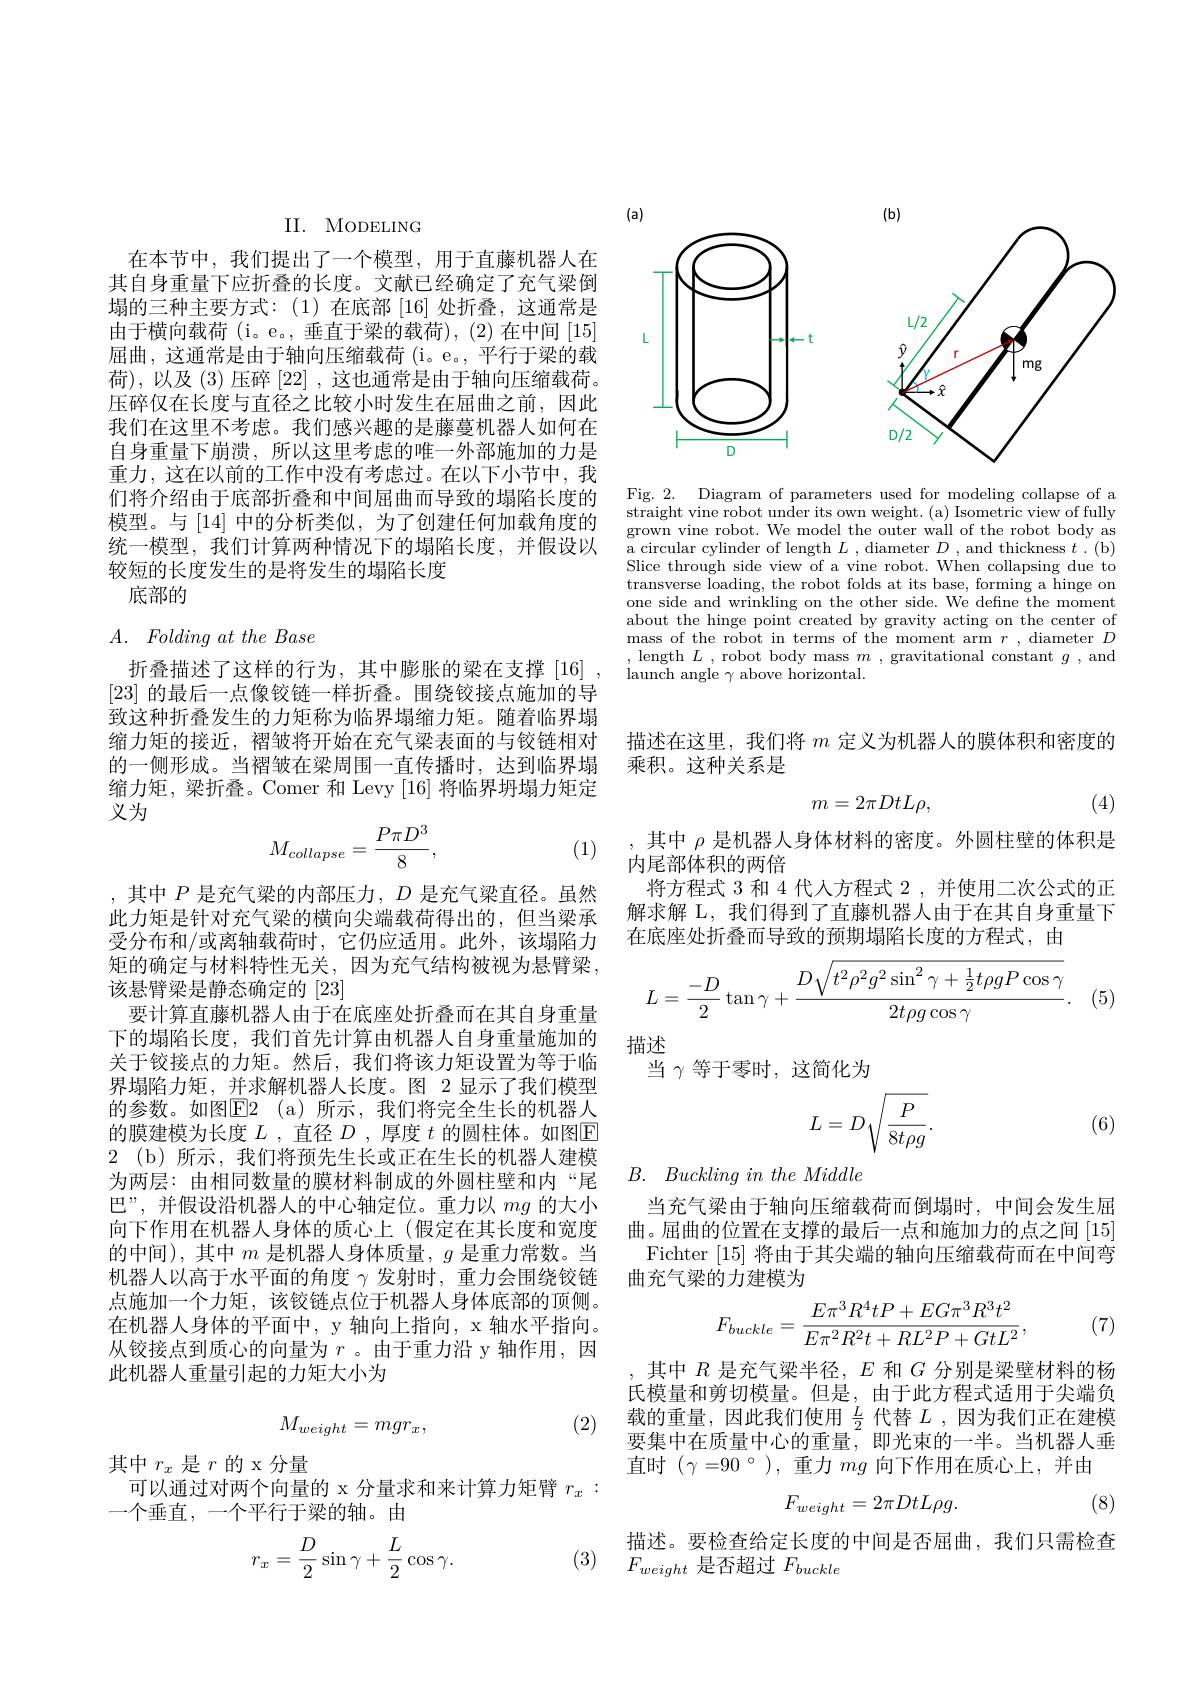
<FigureHere>

Fig. 2. Diagram of parameters used for modeling collapse of a straight vine robot under its own weight. (a) Isometric view of fully grown vine robot. We model the outer wall of the robot body as a circular cylinder of length $L$ , diameter $D$ , and thickness $t$ . (b) Slice through side view of a vine robot. When collapsing due to transverse loading, the robot folds at its base, forming a hinge on one side and wrinkling on the other side. We define the moment about the hinge point created by gravity acting on the center of mass of the robot in terms of the moment arm $r$, diameter $D$ , length $L$ , robot body mass $m$ , gravitational constant $g$, and launch angle $\gamma$ above horizontal.

II. MODELING

在本节中，我们提出了一个模型，用于直藤机器人在其自身重量下应折叠的长度。文献已经确定了充气梁倒塌的三种主要方式：(1)在底部 [16]处折叠，这通常是由于横向载荷 (i。e。, 垂直于梁的载荷), (2) 在中间 [15] 屈曲，这通常是由于轴向压缩载荷(i。e。,平行于梁的载荷),以及(3)压碎[22] ,这也通常是由于轴向压缩载荷。压碎仅在长度与直径之比较小时发生在屈曲之前，因此我们在这里不考虑。我们感兴趣的是藤蔓机器人如何在自身重量下崩溃，所以这里考虑的唯一外部施加的力是重力，这在以前的工作中没有考虑过。在以下小节中，我们将介绍由于底部折叠和中间屈曲而导致的塌陷长度的模型。与[14]中的分析类似，为了创建任何加载角度的统一模型，我们计算两种情况下的塌陷长度，并假设以较短的长度发生的是将发生的塌陷长度
底部的

# $A.$ Folding $at$ the Base

折叠描述了这样的行为，其中膨胀的梁在支撑[16]. [23]的最后一点像铰链一样折叠。围绕铰接点施加的导致这种折叠发生的力矩称为临界塌缩力矩。随着临界塌缩力矩的接近，褶皱将开始在充气梁表面的与铰链相对的一侧形成。当褶皱在梁周围一直传播时，达到临界塌缩力矩，梁折叠。Comer 和 Levy [16] 将临界坍塌力矩定义为
$$M_{collapse}=\frac{P\pi D^3}{8},$$
(1)

,其中$P$是充气梁的内部压力$,D$是充气梁直径。虽然此力矩是针对充气梁的横向尖端载荷得出的，但当梁承受分布和/或离轴载荷时，它仍应适用。此外，该塌陷力矩的确定与材料特性无关，因为充气结构被视为悬臂梁， 该悬臂梁是静态确定的[23]
要计算直藤机器人由于在底座处折叠而在其自身重量下的塌陷长度，我们首先计算由机器人自身重量施加的关于铰接点的力矩。然后，我们将该力矩设置为等于临界塌陷力矩，并求解机器人长度。图 2 显示了我们模型的参数。如图$\boxed{\mathrm{F2}}$ (a)所示，我们将完全生长的机器人的膜建模为长度$L$ ,直径$D$ ,厚度$t$的圆柱体。如图$\overline{\mathrm{E}}$ 2 (b)所示，我们将预先生长或正在生长的机器人建模为两层：由相同数量的膜材料制成的外圆柱壁和内“尾巴”,并假设沿机器人的中心轴定位。重力以$mg$的大小向下作用在机器人身体的质心上 (假定在其长度和宽度的中间),其中$m$是机器人身体质量，$g$是重力常数。当机器人以高于水平面的角度$\gamma$发射时，重力会围绕铰链点施加一个力矩，该铰链点位于机器人身体底部的顶侧。在机器人身体的平面中，y 轴向上指向，x 轴水平指向。从铰接点到质心的向量为$r$ 。由于重力沿 y 轴作用，因此机器人重量引起的力矩大小为

(2)
$$M_{weight}=mgr_x,$$
其中$r_x$ 是$r$的x分量
可以通过对两个向量的 x 分量求和来计算力矩臂$r_x:$
一个垂直，一个平行于梁的轴。由
$$r_x=\frac{D}{2}\sin\gamma+\frac{L}{2}\cos\gamma.$$
描述在这里，我们将$m$定义为机器人的膜体积和密度的
乘积。这种关系是
$$m=2\pi DtL\rho,$$
(4)

,其中$\rho$是机器人身体材料的密度。外圆柱壁的体积是
内尾部体积的两倍
将方程式 3 和 4 代人方程式 2 , 并使用二次公式的正解求解 L, 我们得到了直藤机器人由于在其自身重量下在底座处折叠而导致的预期塌陷长度的方程式，由
$$L=\dfrac{-D}{2}\tan\gamma+\dfrac{D\sqrt{t^2\rho^2g^2\sin^2\gamma+\frac{1}{2}t\rho gP\cos\gamma}}{2t\rho g\cos\gamma}.$$
(5)

描述
当$\gamma$等于零时，这简化为
$$L=D\sqrt{\frac{P}{8t\rho g}}.$$
(6)

$B.$ $Buckling\textit{in the Middle}$

当充气梁由于轴向压缩载荷而倒塌时，中间会发生屈曲。屈曲的位置在支撑的最后一点和施加力的点之间[15]
Fichter [15]将由于其尖端的轴向压缩载荷而在中间弯
曲充气梁的力建模为
$$F_{buckle}=\frac{E\pi^3R^4tP+EG\pi^3R^3t^2}{E\pi^2R^2t+RL^2P+GtL^2},$$
(7)

其中$R$是充气梁半径，$E$和$G$分别是梁壁材料的杨氏模量和剪切模量。但是，由于此方程式适用于尖端负载的重量，因此我们使用$\frac L2$代替$L$ ,因为我们正在建模要集中在质量中心的重量，即光束的一半。当机器人垂直时($\gamma = 90^{\circ }) , 重 力 mg$ 向 下 作 用 在 质 心 上 , 并 由
$$F_{weight}=2\pi DtL\rho g.$$
(8)

描述。要检查给定长度的中间是否屈曲，我们只需检查
(3) $F_{weight}$是否超过$F_buckle$